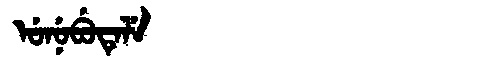
Manchu: ᡠᠨᡠᠪᡠᡨᡝᠯᡝ
Romanization: UNUBUTELE